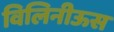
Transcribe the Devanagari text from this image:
विलिनीऊस